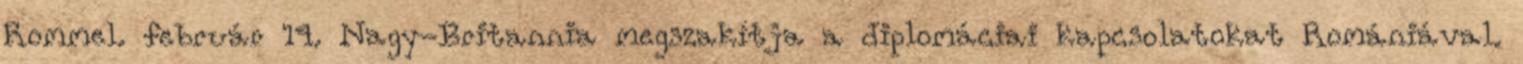
Rommel. február 14. Nagy-Britannia megszakítja a diplomáciai kapcsolatokat Romániával.